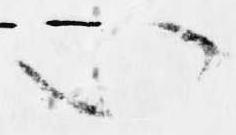
い